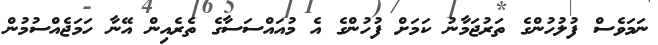
ނަމަވެސް ފުލުހުންގެ ތަރުޖަމާނު ކަމަށް ފުުހުންގެ އެ މުއައްސަސާގެ ތެރެއިން އޭނާ ހަމަޖެއްސުމުން